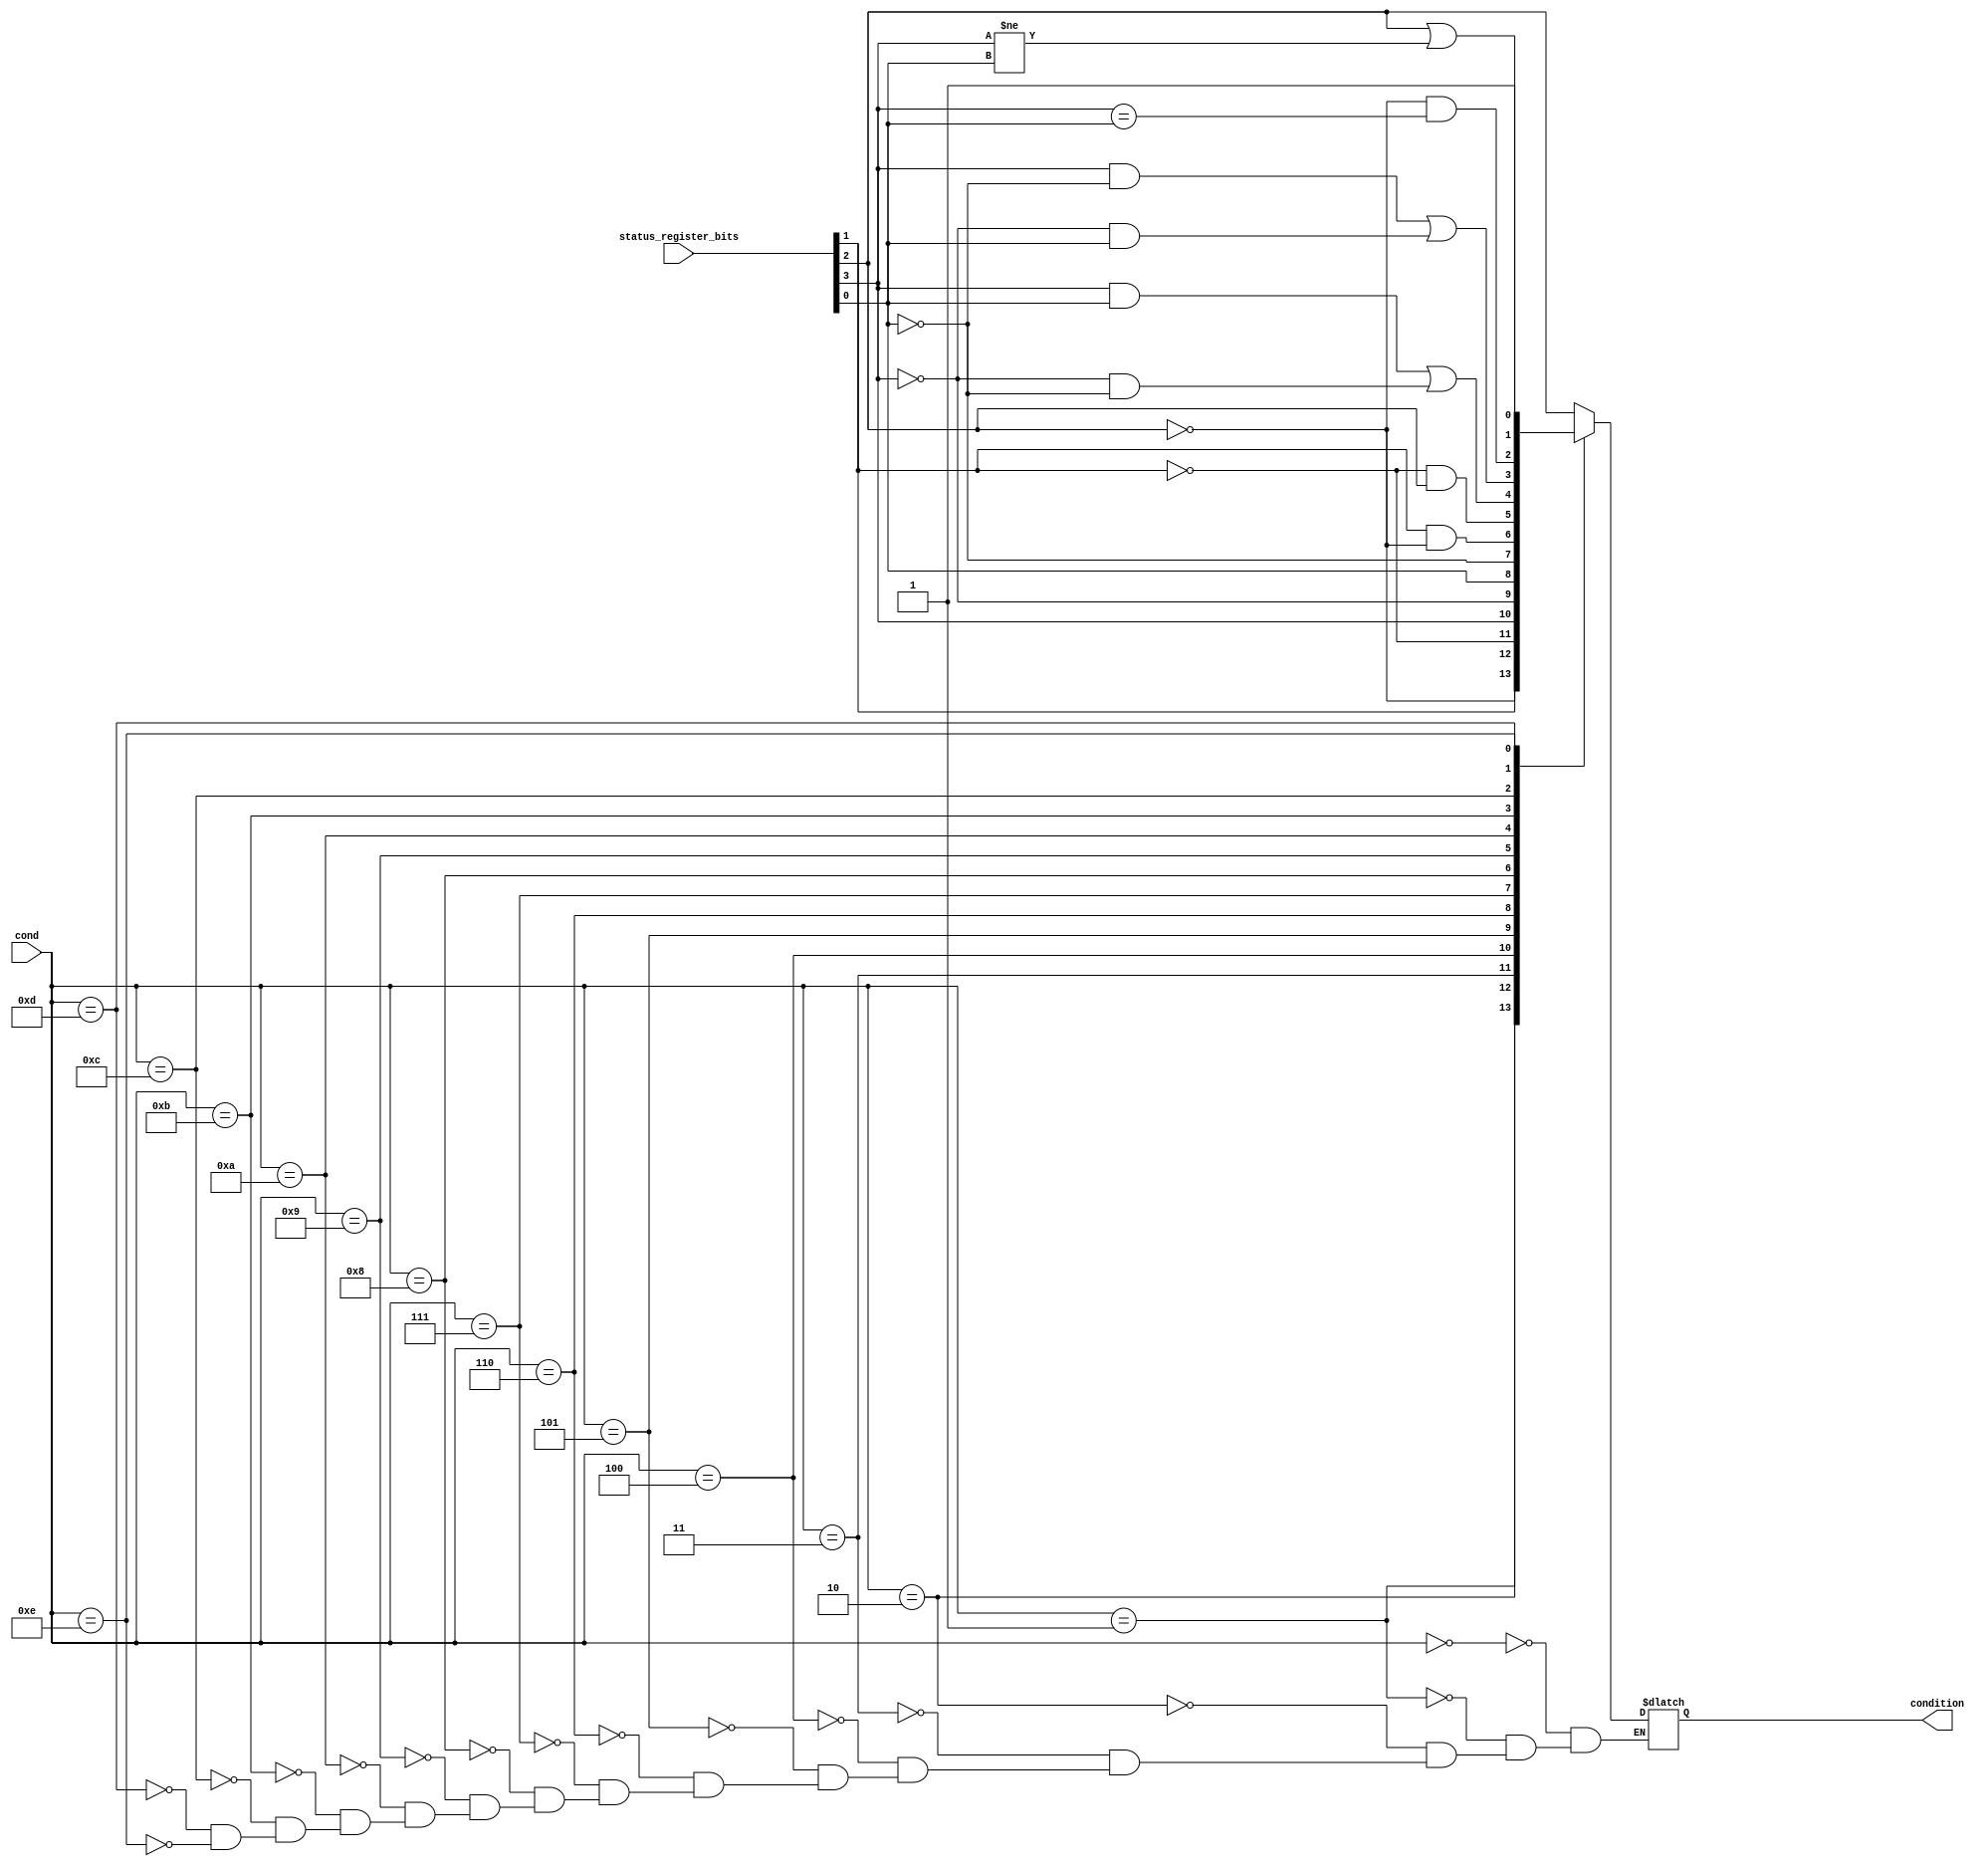
module Condition_Check(
	input [3 : 0]cond, status_register_bits,
	output reg condition
);

wire N, Z, C, V;

assign {N, Z, C, V} = status_register_bits;

always @(N, Z, C, V, cond)begin

	case(cond)
		4'b0000 : begin : EQ
			          condition = Z;
			  end
		4'b0001 : begin : NE
			          condition = !Z;
			  end
		4'b0010 : begin : CS_HS
			          condition = C;
			  end
		4'b0011 : begin : CC_LO
			          condition = !C;
			  end
		4'b0100 : begin : MI
			          condition = N;
			  end
		4'b0101 : begin : PL
			          condition = !N;
			  end
		4'b0110 : begin : VS
			          condition = V;
			  end
		4'b0111 : begin : VC
			          condition = !V;
			  end
		4'b1000 : begin : HI
			          condition = C & !Z;
			  end
		4'b1001 : begin : LS
			          condition = !C & Z;
			  end
		4'b1010 : begin : GE
			          condition = (N & V) | (!N & !V);
			  end
		4'b1011 : begin : LT
			          condition = (N & !V) | (!N & V);
			  end
		4'b1100 : begin : GT
			          condition = !Z & (N == V);
			  end
		4'b1101 : begin : LE
			          condition = Z | (N != V);
			  end
		4'b1110 : begin : AL
			          condition = 1'b1;
			  end
	endcase

end

endmodule